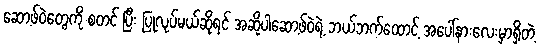
ဆော့ဖ်ဝဲတွေကို စတင် ပြီး ပြုလုပ်မယ်ဆိုရင် အဆိုပါဆော့ဖ်ဝဲရဲ့ ဘယ်ဘက်ထောင့် အပေါ်နားလေးမှာရှိတဲ့